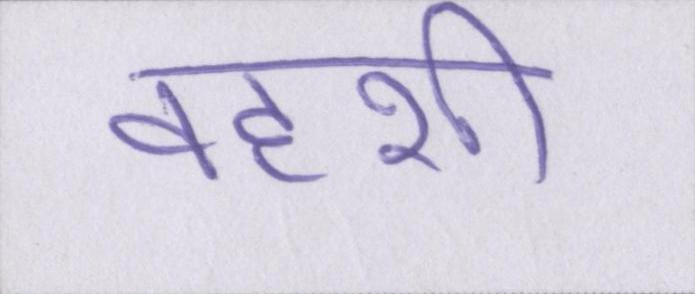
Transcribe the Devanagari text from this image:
वहशी